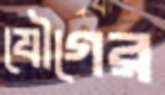
যৌগের